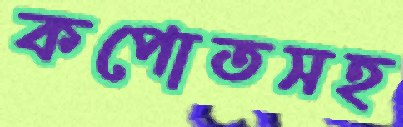
কপোতসহ